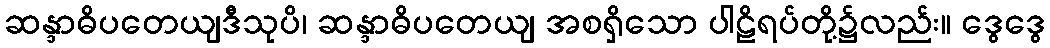
ဆန္ဒာဓိပတေယျဒီသုပိ၊ ဆန္ဒာဓိပတေယျ အစရှိသော ပါဠိရပ်တို့၌လည်း။ ဒွေဒွေ